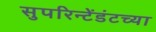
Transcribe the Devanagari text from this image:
सुपरिन्टेंडंटच्या